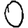
Digit: 0